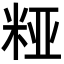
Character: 𮇔